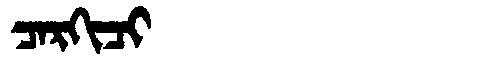
Manchu: ᠴᠠᡵᡴᡳᠴᡳ
Romanization: CARKICI